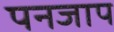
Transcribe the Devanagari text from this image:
पनजाप